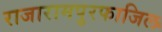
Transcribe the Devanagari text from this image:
राजारामपुरफाजिल